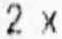
2 X